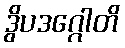
ဒွိပဒဂ္ဂေါတိ